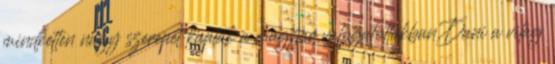
mindketten nagy szerepet kaptak a magyar válogatottakban.Dani a világ